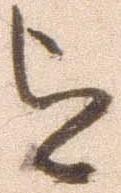
を